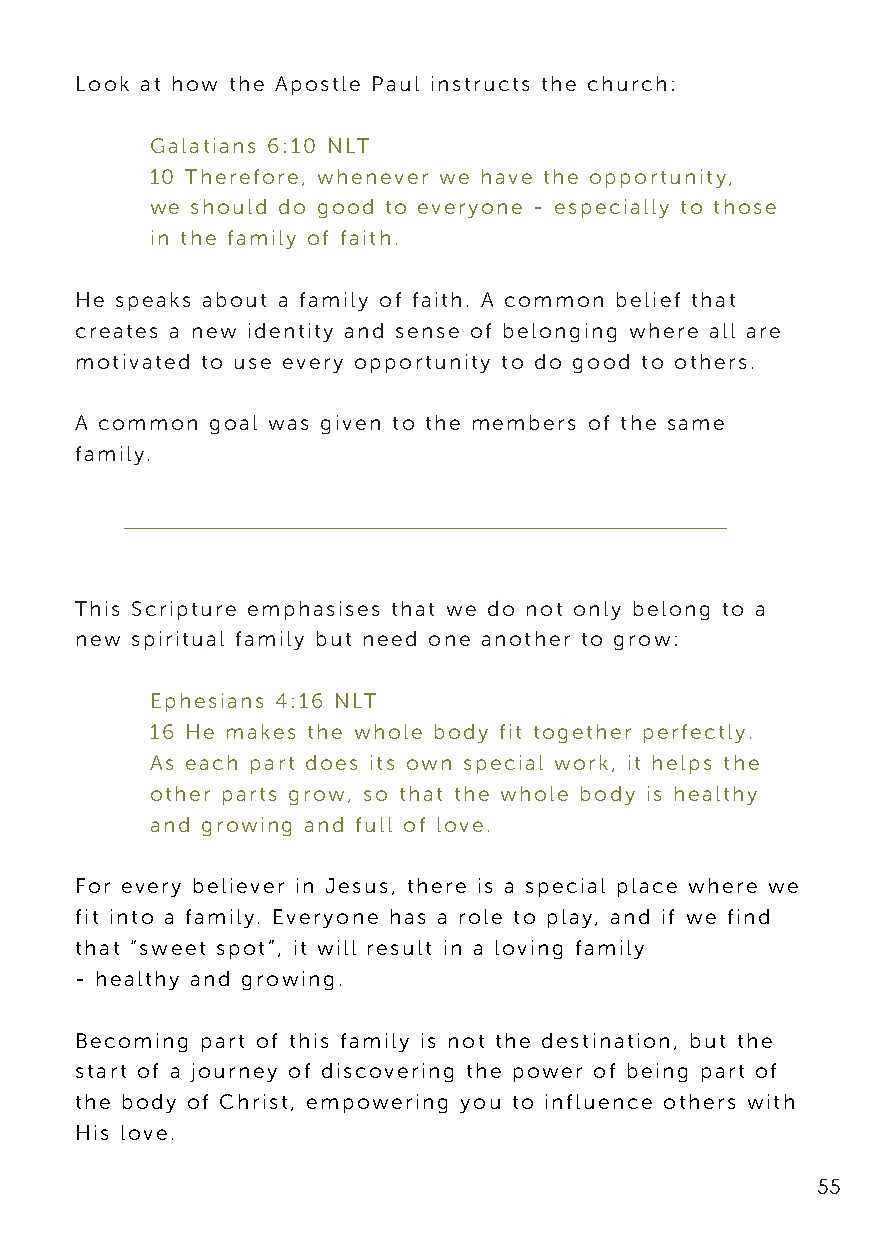
Look at how the Apostle Paul instructs the church:
 Galatians 6:10 NLT
 10 Therefore, whenever we have the opportunity,
 we should do good to everyone - especially to those
 in the family of faith.
 He speaks about a family of faith. A common belief that
 creates a new identity and sense of belonging where all are
 motivated to use every opportunity to do good to others.
 A common goal was given to the members of the same
 family.
 This Scripture emphasises that we do not only belong to a
 new spiritual family but need one another to grow:
 Ephesians 4:16 NLT
 16 He makes the whole body fit together perfectly.
 As each part does its own special work, it helps the
 other parts grow, so that the whole body is healthy
 and growing and full of love.
 For every believer in Jesus, there is a special place where we
 fit into a family. Everyone has a role to play, and if we find
 that “sweet spot”, it will result in a loving family
 - healthy and growing.
 Becoming part of this family is not the destination, but the
 start of a journey of discovering the power of being part of
 the body of Christ, empowering you to influence others with
 His love.
 55